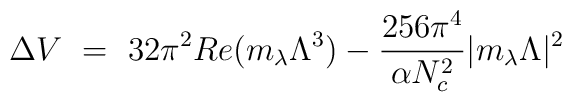
\Delta V ~=~32 \pi^2 Re ( m_\lambda  \Lambda^3)  - {256 \pi^4   \over \alpha N_c^2} |m_\lambda \Lambda|^2